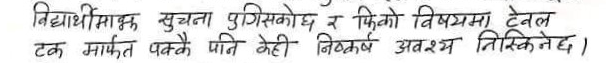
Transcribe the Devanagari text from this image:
विद्यार्थीमाझ सूचना पुगिसकेको र फिको विषयमा टेबल टक मार्फत पक्कै पनि केही निष्कर्ष अवश्य निस्कनेछ।